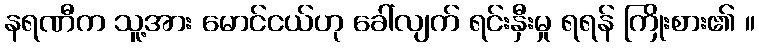
နရဏီက သူ့အား မောင်ငယ်ဟု ခေါ်လျက် ရင်းနှီးမှု ရရန် ကြိုးစား၏ ။